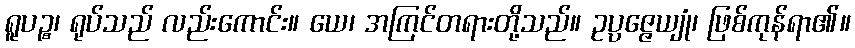
ရူပဉ္စ၊ ရုပ်သည် လည်းကောင်း။ ယေ၊ အကြင်တရားတို့သည်။ ဥပ္ပဇ္ဇေယျုံ၊ ဖြစ်ကုန်ရာ၏။